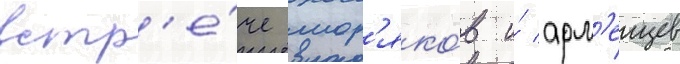
встр'е́че мор'яко́в и́ арм'еицев